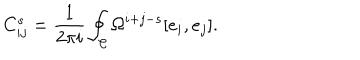
C _ { i j } ^ { s } = { \frac { 1 } { 2 \pi i } } \oint _ { \cal C } \Omega ^ { i + j - s } [ e _ { i } , e _ { j } ] .